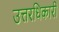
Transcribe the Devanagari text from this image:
उत्तरधिकारी